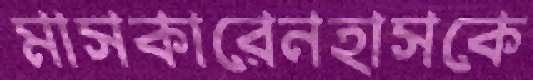
মাসকারেনহাসকে